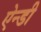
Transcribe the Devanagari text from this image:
ऐन्डी